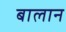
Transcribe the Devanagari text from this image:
बालान